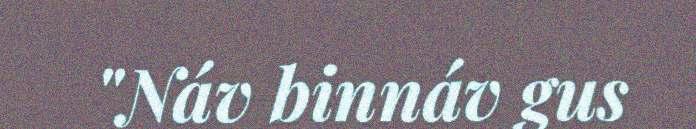
"Náv binnáv gus